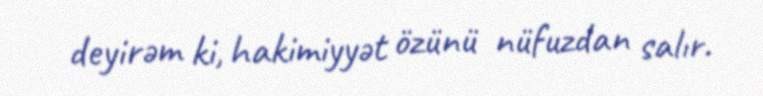
deyirəm ki, hakimiyyət özünü nüfuzdan salır.